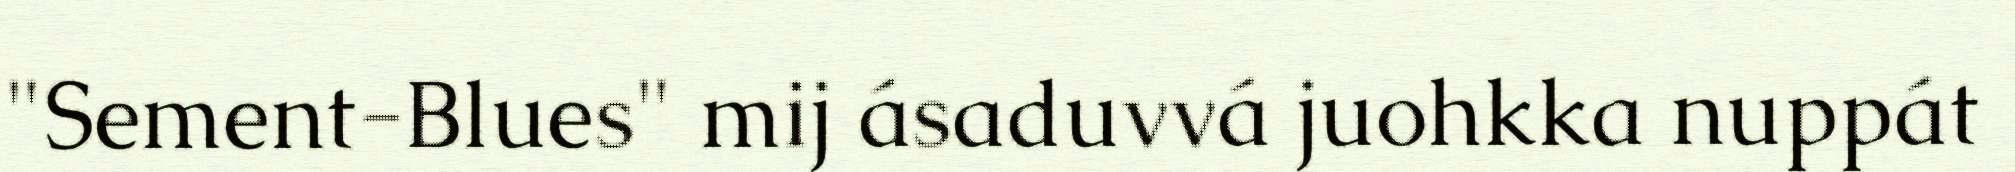
"Sement-Blues" mij ásaduvvá juohkka nuppát